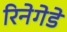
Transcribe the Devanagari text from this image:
रिनेगेडे